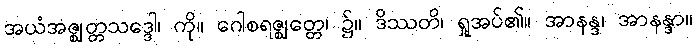
အယံအဇ္ဈတ္တသဒ္ဒေါ၊ ကို။ ဂေါစရဇ္ဈတ္တေ၊ ၌။ ဒိဿတိ၊ ရှုအပ်၏။ အာနန္ဒ၊ အာနန္ဒာ။